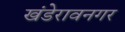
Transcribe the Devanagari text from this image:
खंडेरावनगर